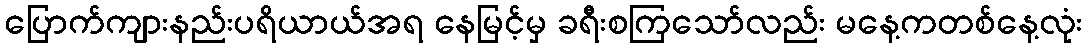
ပြောက်ကျားနည်းပရိယာယ်အရ နေမြင့်မှ ခရီးစကြသော်လည်း မနေ့ကတစ်နေ့လုံး